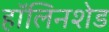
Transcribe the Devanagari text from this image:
हॉलिनशेड